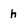
Character: h